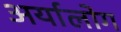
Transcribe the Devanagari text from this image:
अर्यालोग